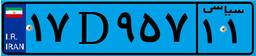
۱۷D۹۵۷۱۱